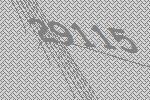
29115